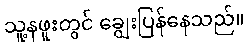
သူ့နဖူးတွင် ချွေးပြန်နေသည်။